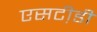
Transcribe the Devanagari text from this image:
एसटी़डी